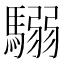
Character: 𩥩